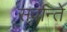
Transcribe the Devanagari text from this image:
सर्वान्ते